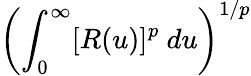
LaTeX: \left(\int_{0}^{\infty}[R(u)]^{p}~du\right)^{1/p}